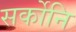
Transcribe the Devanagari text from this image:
सर्कोनि